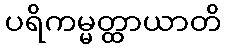
ပရိကမ္မတ္ထာယာတိ